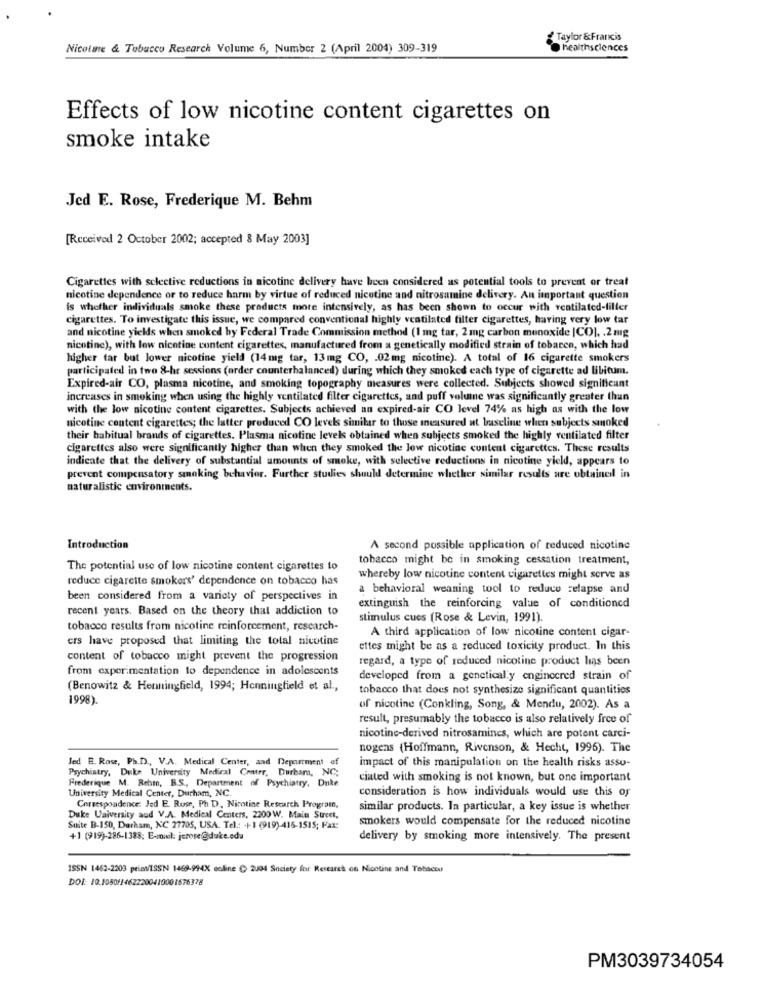
Taylor &Francis
Nicolae & Tobacco Research Volume 6, Number 2 (April 2004) 309-319
healthsciences
Effects of low nicotine content cigarettes on
smoke intake
Jed E. Rose, Frederique M. Behm
[Received 2 October 2002; accepted 8 May 2003]
Cigarettes with selective reductions in nicotine delivery have been considered as potential tools to prevent or treat
nicotine dependence or to reduce harm by virtue of reduced nicotine and nitrosamine delivery. An important question
is whether individuals smoke these products more intensively, as has been shown to occur with ventilated-filter
cigarettes. To investigate this issue, we compared conventional highly ventilated filter cigarettes, having very low tar
and nicotine yields when smoked by Federal Trade Commission method (1 mg tar, 2 mg carbon monoxide |CO], . 2 mg
nicotine), with low nicotine content cigarettes, manufactured from a genetically modified strain of tobacco, which had
higher tar but lower nicotine yield (14mg tar, 13mg CO, . 02mg nicotine). A total of 16 cigarette smokers
participated in two 8-hr sessions (order counterbalanced) during which they smoked each type of cigarette ad libitum.
Expired-air CO, plasma nicotine, and smoking topography measures were collected. Subjects showed significant
increases in smoking when using the highly ventilated filter cigarettes, and puff volume was significantly greater than
with the low nicotine content cigarettes. Subjects achieved an expired-air CO level 74% as high as with the low
nicotine content cigarettes; the latter produced CO levels similar to those measured at baseline when subjects smoked
their habitual brands of cigarettes. Plasma nicotine levels obtained when subjects smoked the highly ventilated filter
cigarettes also were significantly higher than when they smoked the low nicotine content cigarettes. These results
indicate that the delivery of substantial amounts of smoke, with selective reductions in nicotine yield, appears to
prevent compensatory smoking behavior. Further studies should determine whether similar results are obtainedl in
naturalistic environments.
Introduction
A second possible application of reduced nicotine
tobacco might be in smoking cessation treatment,
The potential use of low nicotine content cigarettes to
reduce cigarette smokers' dependence on tobacco has
whereby low nicotine content cigarettes might serve as
a behavioral weaning tool to reduce relapse and
been considered from a variety of perspectives in
recent years. Based on the theory that addiction to
extinguish the reinforcing value of conditioned
stimulus cues (Rose & Levin, 1991).
tobacco results from nicotine reinforcement, research-
A third application of low nicotine content cigar-
ers have proposed that limiting the total nicotine
ettes might be as a reduced toxicity product. In this
content of tobacco might prevent the progression
regard, a type of reduced nicotine product lias been
from experimentation to dependence in adolescents
developed from a genetically engineered strain of
(Benowitz & Henningfield, 1994; Henningfield et al .,
tobacco that does not synthesize significant quantities
1998).
of nicotine (Conkling, Song, & Mendu, 2002). As a
result, presumably the tobacco is also relatively free of
nicotine-derived nitrosamines, which are potent carci-
nogens (Hoffmann, Rivenson, & Hecht, 1996). The
Jed B. Rose, Ph.D ., V.A. Medical Center, and Department of
Prychiatry, Duke University Medical Center, Durham, NC;
impact of this manipulation on the health risks assu-
Frederique M. Behm, B.S. Department of Psychiatry, Duke
ciated with smoking is not known, but one important
University Medical Center, Durham, NC.
consideration is how individuals would use this or
Correspondence: Jed E. Rusr, Ph D, Nicotine Research Program,
similar products. In particular, a key issue is whether
Duke University and V.A. Medical Centers, 2200W. Main Street,
smokers would compensate for the reduced nicotine
Suite B-150, Derham, NC 27705, USA. Tel .: +1 (919)-416-1515; Fax:
+1 (919)-286-1388; Exmowil: jerese@duke.eda
delivery by smoking more intensively. The present
ISSN 1462-2203 peisv/ISSN 1469-994X colline ( 2004 Society for Research on Nicotine and Tobacco
DOI: 10.1050/14622200410001676378
PM3039734054